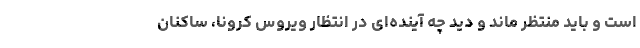
است و باید منتظر ماند و دید چه آینده‌ای در انتظار ویروس کرونا، ساکنان